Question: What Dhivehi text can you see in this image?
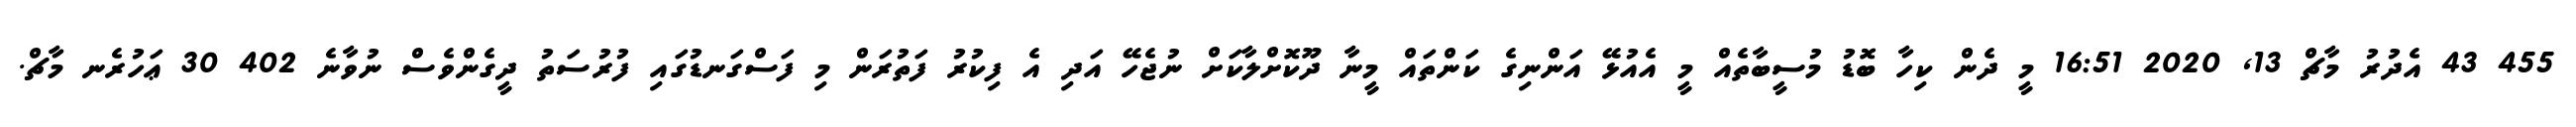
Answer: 455 43 އެދުރު މާޗް 13, 2020 16:51 މީ ދެން ކިހާ ބޮޑު މުސީބާތެއް މީ އެއުޅޭ އަންނިގެ ކަންތައް މީނާ ދޫކޮށްލާކަށް ނުޖެހޭ އަދި އެ ފިކުރު ފަތުރަން މި ފަސްގަނޑުގައި ފުރުސަތު ދީގެންވެސް ނުވާނެ 402 30 ޢަހުރެނ މާޗް.